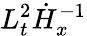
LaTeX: L_{t}^{2}\dot{H}_{x}^{-1}